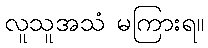
လူသူအသံ မကြားရ။